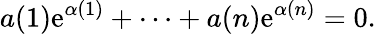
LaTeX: a(1)\mathrm{e}^{\alpha(1)}+\cdots+a(n)\mathrm{e}^{\alpha(n)}=0.